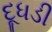
દૂધડી